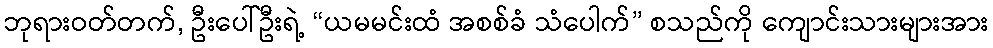
ဘုရားဝတ်တက်, ဦးပေါ်ဦးရဲ့ “ယမမင်းထံ အစစ်ခံ သံပေါက်” စသည်ကို ကျောင်းသားများအား